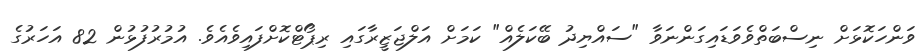
ވަންހަކޮޅަށް ނިސްބަތްވެވަޑައިގަންނަވާ "ސައްޔިދު ބޭކަލެއް" ކަމަށް އަލްޖަޒީރާގައި ރިޕޯޓްކޮށްފައިވެއެވެ. އުމުރުފުޅުން 82 އަހަރުގެ